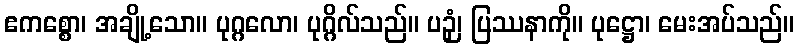
ဧကစ္စော၊ အချို့သော။ ပုဂ္ဂလော၊ ပုဂ္ဂိလ်သည်။ ပဉှံ၊ ပြဿနာကို။ ပုဋ္ဌော၊ မေးအပ်သည်။